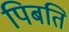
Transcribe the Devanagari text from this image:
पिबति